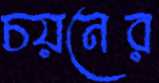
চয়নের